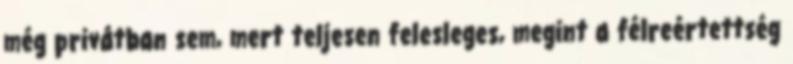
még privátban sem, mert teljesen felesleges, megint a félreértettség